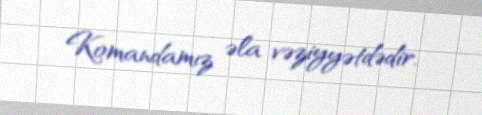
Komandamız əla vəziyyətdədir.